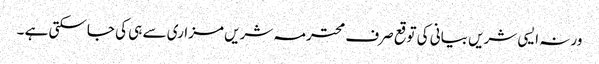
ورنہ ایسی شریں بیانی کی توقع صرف محترمہ شریں مزاری سے ہی کی جاسکتی ہے ۔